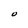
Character: O